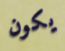
يكون